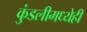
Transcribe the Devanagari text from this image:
कुंडलीमध्येही